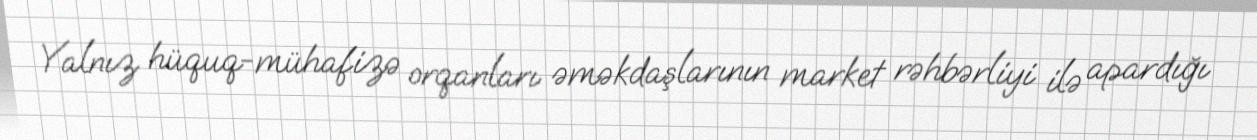
Yalnız hüquq-mühafizə orqanları əməkdaşlarının market rəhbərliyi ilə apardığı